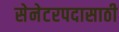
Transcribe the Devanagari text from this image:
सेनेटरपदासाठी